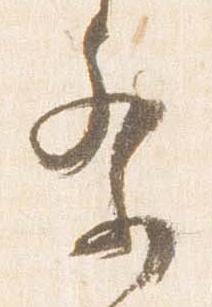
祭